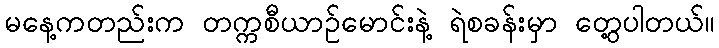
မနေ့ကတည်းက တက္ကစီယာဉ်မောင်းနဲ့ ရဲစခန်းမှာ တွေ့ပါတယ်။